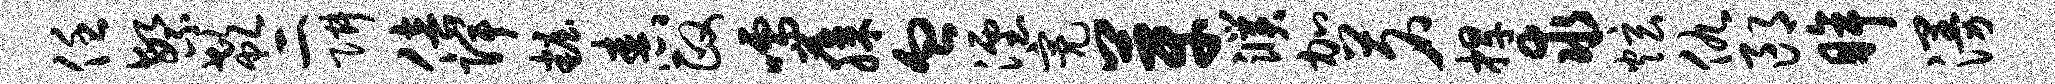
任繁欷二阱倍陴妆舂政嚅藤血湮亮芽濮加茗捍求炫仇郎眸漫